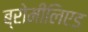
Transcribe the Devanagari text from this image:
ब्रोमीलिएड